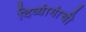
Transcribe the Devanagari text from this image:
दिव्यांगांची